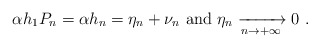
\begin{align*}\alpha h_1 P_n = \alpha h_n =\eta_n + \nu_n \hbox{ and } \eta_n \xrightarrow[n\to +\infty]{}0 \ .\end{align*}